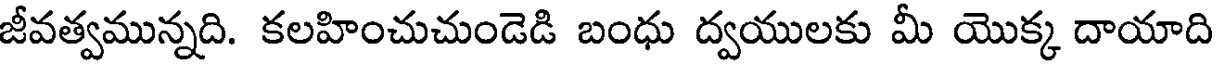
జీవత్వమున్నది. కలహించుచుండెడి బంధు ద్వయులకు మీ యొక్క దాయాది